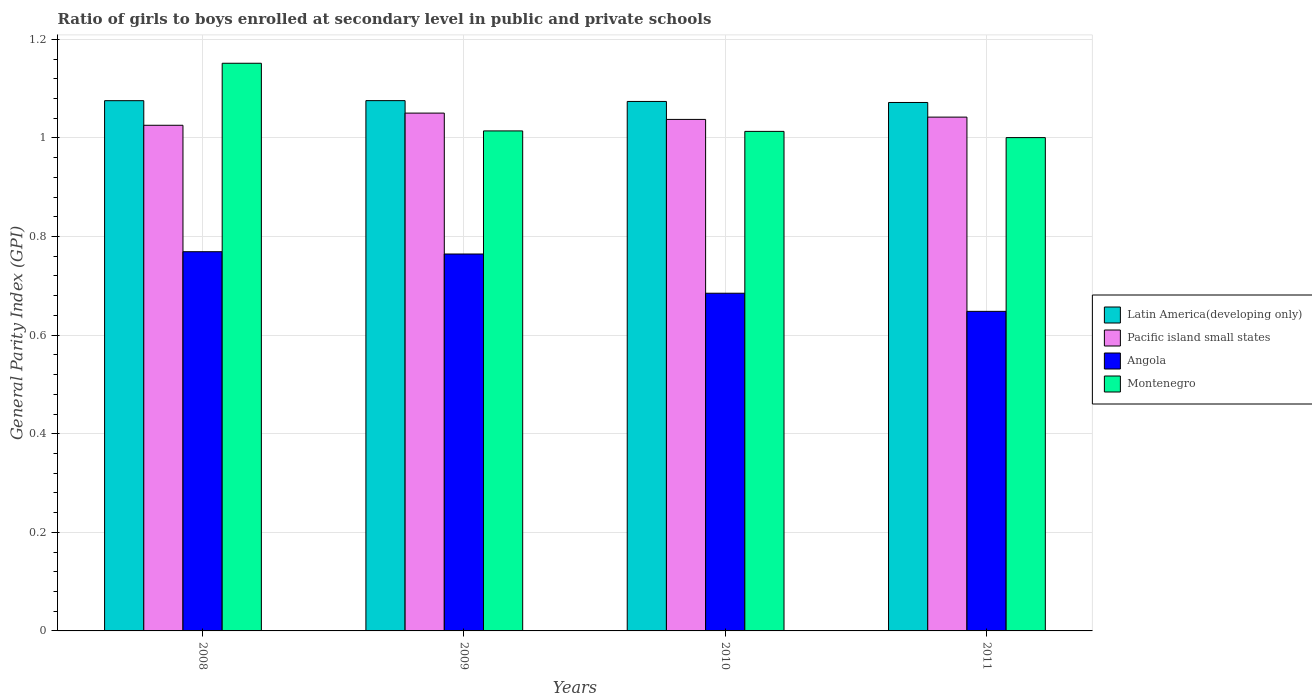
| Years | Latin America(developing only) | Pacific island small states | Angola | Montenegro |
 | --- | --- | --- | --- | --- |
 | 2008 | 1.08 | 1.03 | 0.769 | 1.15 |
 | 2009 | 1.08 | 1.05 | 0.765 | 1.01 |
 | 2010 | 1.07 | 1.04 | 0.685 | 1.01 |
 | 2011 | 1.07 | 1.04 | 0.648 | 1 |